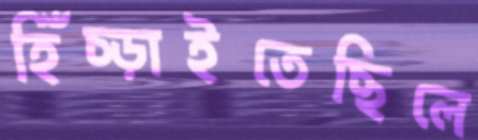
হিঁচ্‌ড়াইতেছিলে